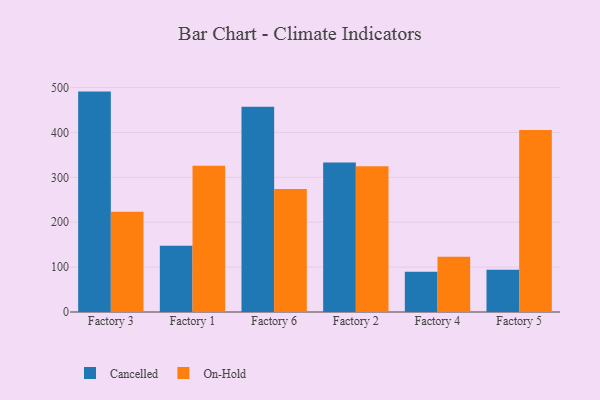
{"axis": {"x": "Factory", "y": "Net Income (USD K)"}, "legend": ["Cancelled", "On-Hold"], "data": [{"x": "Factory 3", "y": 491.0, "type": "Cancelled"}, {"x": "Factory 3", "y": 223.6, "type": "On-Hold"}, {"x": "Factory 1", "y": 147.8, "type": "Cancelled"}, {"x": "Factory 1", "y": 325.7, "type": "On-Hold"}, {"x": "Factory 6", "y": 457.5, "type": "Cancelled"}, {"x": "Factory 6", "y": 274.1, "type": "On-Hold"}, {"x": "Factory 2", "y": 333.0, "type": "Cancelled"}, {"x": "Factory 2", "y": 324.7, "type": "On-Hold"}, {"x": "Factory 4", "y": 89.5, "type": "Cancelled"}, {"x": "Factory 4", "y": 123.0, "type": "On-Hold"}, {"x": "Factory 5", "y": 94.0, "type": "Cancelled"}, {"x": "Factory 5", "y": 405.7, "type": "On-Hold"}]}